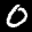
Label: 0